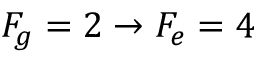
F _ { g } = 2 \rightarrow F _ { e } = 4